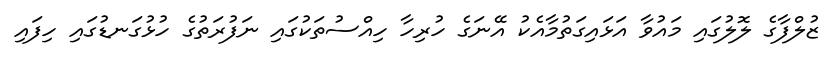
ޒުލްފާގެ ލޮލުގައި މައުވާ އަޅައިގަތުމާއެކު އޭނަގެ ހުރިހާ ހިއްސުތަކުގައި ނަފުރަތުގެ ހުޅުގަނޑުގައި ހިފައި